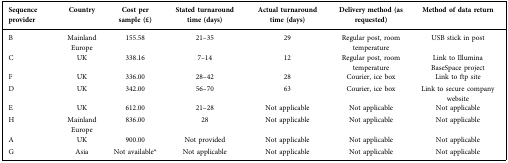
<table><thead><tr><td><b>Sequence provider</b></td><td><b>Country</b></td><td><b>Cost per sample (£)</b></td><td><b>Stated turnaround time (days)</b></td><td><b>Actual turnaround time (days)</b></td><td><b>Delivery method (as requested)</b></td><td><b>Method of data return</b></td></tr></thead><tbody><tr><td>B</td><td>Mainland Europe</td><td>155.58</td><td>21–35</td><td>29</td><td>Regular post, room temperature</td><td>USB stick in post</td></tr><tr><td>C</td><td>UK</td><td>338.16</td><td>7–14</td><td>12</td><td>Regular post, room temperature</td><td>Link to Illumina BaseSpace project</td></tr><tr><td>F</td><td>UK</td><td>336.00</td><td>28–42</td><td>28</td><td>Courier, ice box</td><td>Link to ftp site</td></tr><tr><td>D</td><td>UK</td><td>342.00</td><td>56–70</td><td>63</td><td>Courier, ice box</td><td>Link to secure company website</td></tr><tr><td>E</td><td>UK</td><td>612.00</td><td>21–28</td><td>Not applicable</td><td>Not applicable</td><td>Not applicable</td></tr><tr><td>H</td><td>Mainland Europe</td><td>836.00</td><td>28</td><td>Not applicable</td><td>Not applicable</td><td>Not applicable</td></tr><tr><td>A</td><td>UK</td><td>900.00</td><td>Not provided</td><td>Not applicable</td><td>Not applicable</td><td>Not applicable</td></tr><tr><td>G</td><td>Asia</td><td>Not available*</td><td>Not applicable</td><td>Not applicable</td><td>Not applicable</td><td>Not applicable</td></tr></tbody></table>